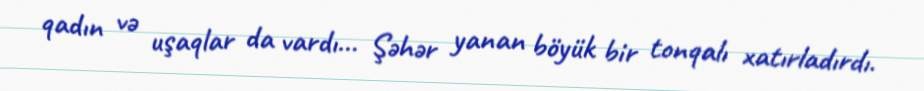
qadın və uşaqlar da vardı... Şəhər yanan böyük bir tonqalı xatırladırdı.